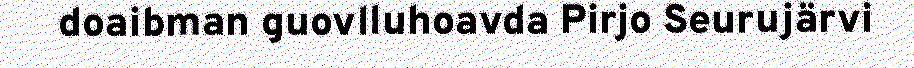
doaibman guovlluhoavda Pirjo Seurujärvi